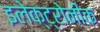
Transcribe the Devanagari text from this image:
इलेक्ट्रोनीक